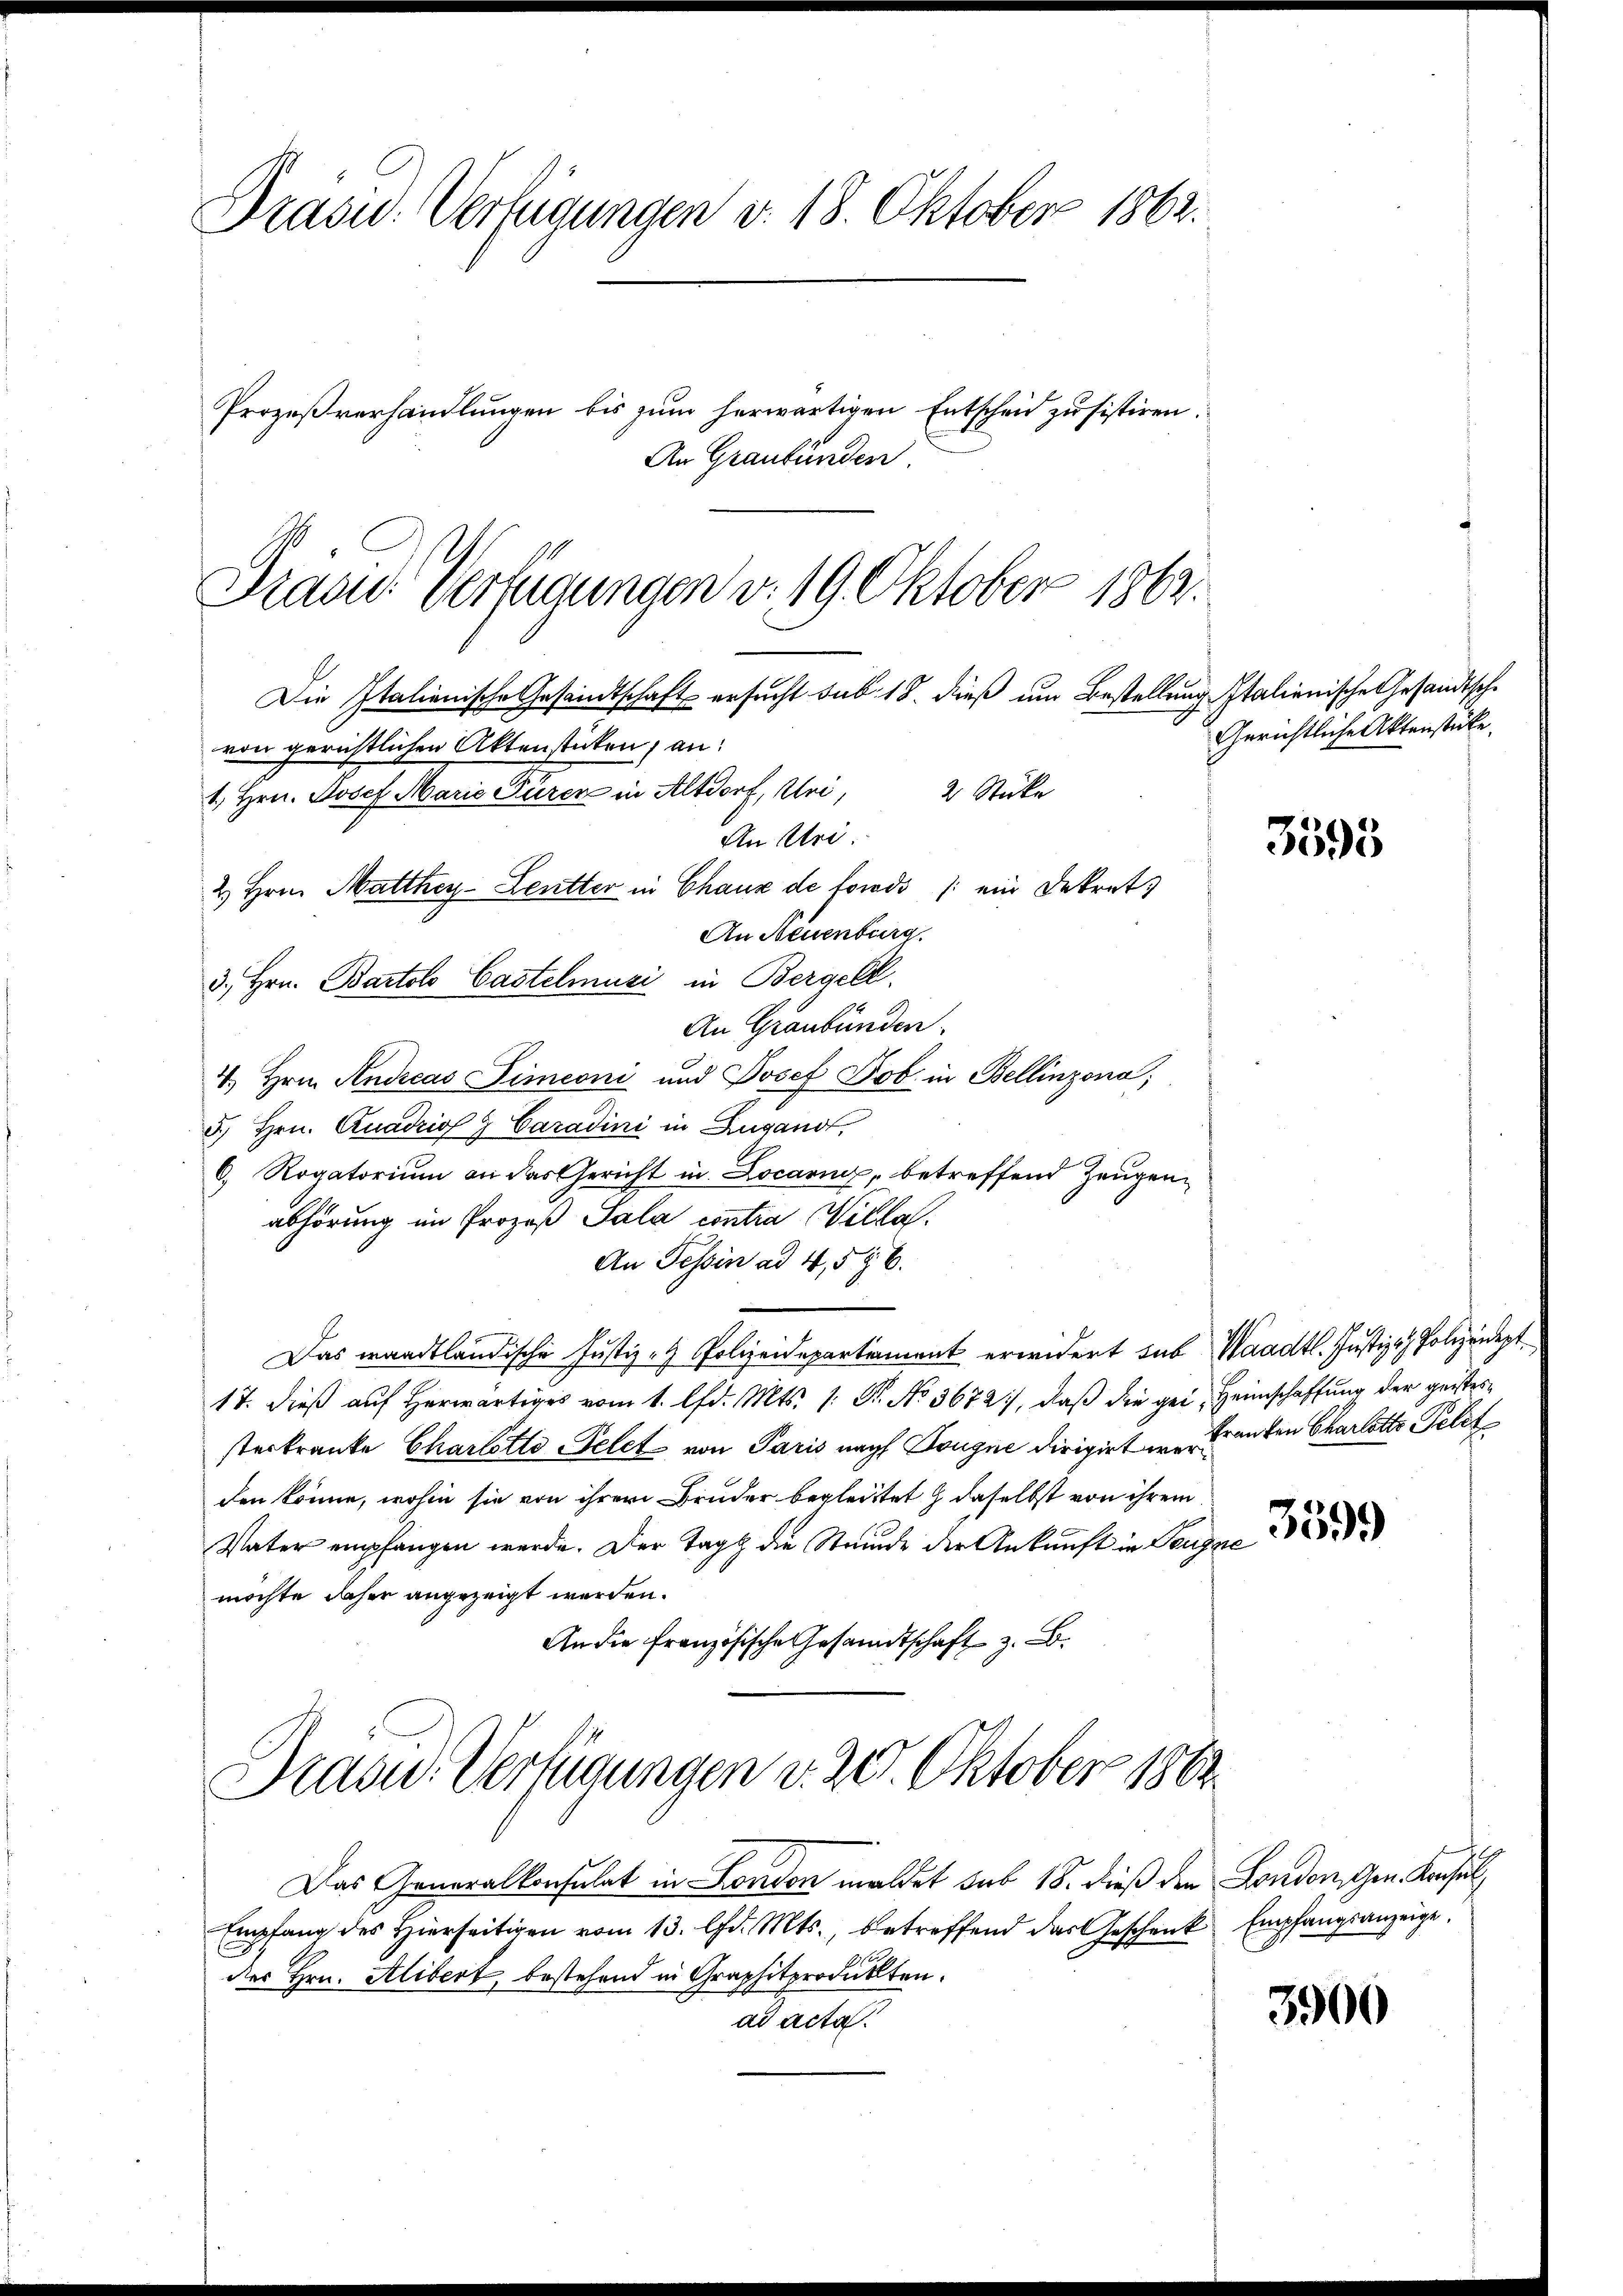
Präsid. Verfügungen v. 18. Oktober 1862.
Prozeßverhandlungen bis zum herwärtigen Entscheid zu sistiren.
An Graubünden

Gras Verfügungen v. 19. Oktober 1862.
Die Italienische Gesandtschaft ersucht sub. 18. dieß um Bestellung Italienische Gesandtsche
von gerichtlichen Aktenstücken, an:
1. Hrn. Josef Maria Fürer in Altdorf, Uri, 2 Stücke

An Neuenburg
3. Hrn. Bartolo Castelmuzi in Bergell.
An Graubünden.
4. Hrn. Andreas Simeoni und Josef Job. in Bellinzona;
5.) Hrn. Quadriol g Caradini in Zugand,
6. Rogatorium an das Gericht in Locarinz, betreffend Zeugenabhörung im Prozeß Sala contra illa
An Tessin ad 4, 5 § 6.
Das waadtländische Justiz- & Polizeidepartement erwidert sub Waadt. Justiz- Polizeidept¬
17. dieß auf herwärtiges vom 1. lfd. Mts. 1. Fr. No 3672), daß die gei, Heimschaffung der geistessterkranke Charlotte Telet von Paris nach Bougne dirigirt wer anten Charlotte Pelzt
den könne, wohin sie von ihrer Bruder begleitet daselbst von ihrem
Vater empfangen werde. Der Tag die Steinde der Ankunft in Teugne
möchte daher angezeigt werden.
An die französische Gesandtschaft z. B.

2. Hrn. Matthey-Leutter in Chaux de fonds (ein Dekrets

An Stri

rasid. Verfügungen v. 20. Oktober 1862.

Das Generalkonsulat in London meldet sub 18. dieß den London, Gen. Konsel
Empfang des hierseitigen vom 13. d. Mts., betreffend das Geschenk Empfangsanzeige
des Hrn. Alibert, bestehend in Graphitprodukten.
ad acta.

Gerichtliche Aktenstücke.

3595

3599

3900